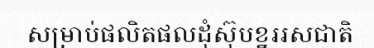
សម្រាប់ផលិតផលដុំស៊ុបខ្នររសជាតិ